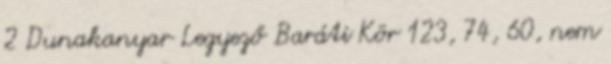
2 Dunakanyar Legyező Baráti Kör 123, 74, 60, nem